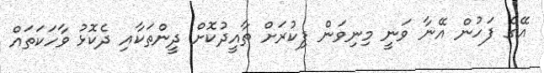
އޭގެ ފަހުން އޭނާ ވަނީ މިނިވަން ފިކުރަށް ތާއީދުކޮށް ދީންތަކާއި ދެކޮޅު ވާހަކަތައް